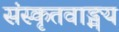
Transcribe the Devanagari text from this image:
संस्कृतवाङ्मय